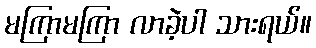
မကြာမကြာ လာခဲ့ပါ သားရယ်။